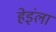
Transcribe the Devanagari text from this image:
हेइंला